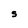
Character: S